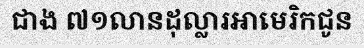
ជាង ៧១លានដុល្លារអាមេរិកជូន